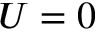
U = 0